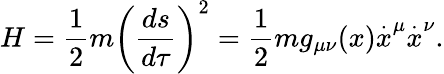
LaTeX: H=\frac{1}{2}m\left(\frac{ds}{d\tau}\right)^{2}=\frac{1}{2}mg_{\mu\nu}(x)\stackrel{.}{x}^{\mu}\stackrel{.}{x}^{\nu}.